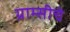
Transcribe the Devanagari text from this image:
ग्राम्सीचे